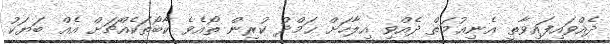
ދެއްވައިފައިވާތީ އެނިޢުމަތް ދެއްވި އިލާހަށް ޙަމްދު ކުރިން ތޯއެވެ ކާބޯތަކެއްޗަށް އެއް ބަޔަކު